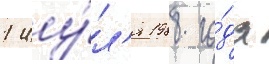
1 иу́л'я 1988 го́да